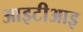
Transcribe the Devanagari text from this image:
आइटीआइ